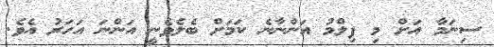
ސިނަމާ އަށް މި ފިލްމު އަންނާނެ ކަމަށް ބެލެވެނީ އަންނަ އަހަރު އެވެ.